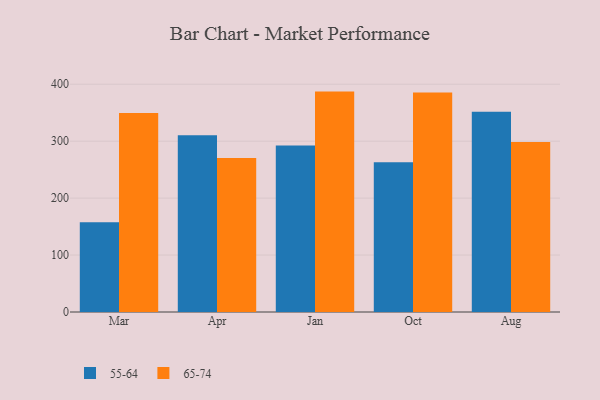
{"axis": {"x": "Month", "y": "Revenue (USD Million)"}, "legend": ["55-64", "65-74"], "data": [{"x": "Mar", "y": 157.7, "type": "55-64"}, {"x": "Mar", "y": 349.6, "type": "65-74"}, {"x": "Apr", "y": 310.6, "type": "55-64"}, {"x": "Apr", "y": 270.4, "type": "65-74"}, {"x": "Jan", "y": 292.6, "type": "55-64"}, {"x": "Jan", "y": 387.1, "type": "65-74"}, {"x": "Oct", "y": 263.2, "type": "55-64"}, {"x": "Oct", "y": 385.7, "type": "65-74"}, {"x": "Aug", "y": 351.7, "type": "55-64"}, {"x": "Aug", "y": 298.4, "type": "65-74"}]}